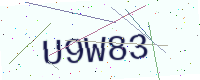
Text: U9W83